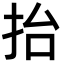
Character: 抬